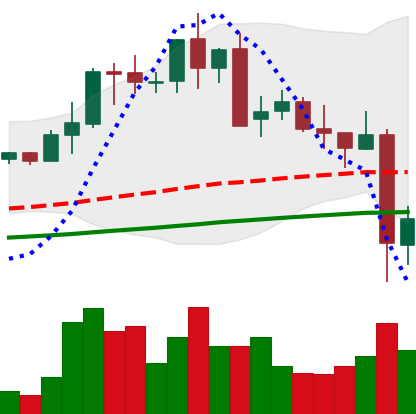
Ticker: LTC-USD
Chart end date: 2021-05-20
Forward return: -13.557%
Label: down_7plus